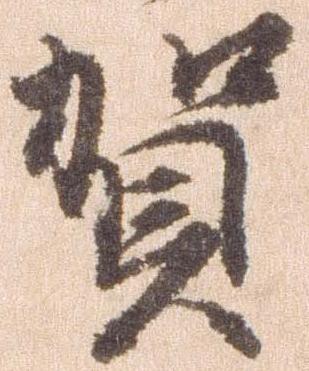
賀